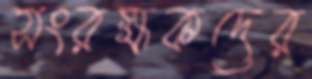
সংরক্ষকদের